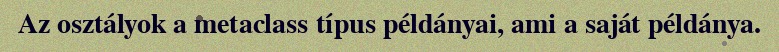
Az osztályok a metaclass típus példányai, ami a saját példánya.